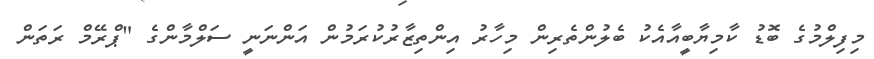
މިފިލްމުގެ ބޮޑު ކާމިޔާބީއާއެކު ބެލުންތެރިން މިހާރު އިންތިޒާރުކުރަމުން އަންނަނީ ސަލްމާންގެ "ޕްރޭމް ރަތަން